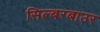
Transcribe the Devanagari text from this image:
सिल्बरबाउर